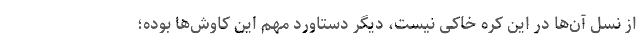
از نسل آن‌ها در این کره خاکی نیست، دیگر دستاورد مهم این کاوش‌ها بوده؛